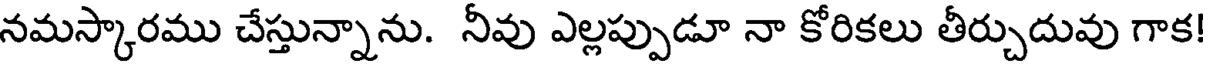
నమస్కారము చేస్తున్నాను. నీవు ఎల్లప్పుడూ నా కోరికలు తీర్చుదువు గాక!